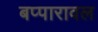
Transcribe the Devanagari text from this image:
बप्पारावल